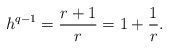
\begin{align*}h^{q-1} = \frac{r+1}{r} = 1 + \frac{1}{r}.\end{align*}